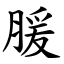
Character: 䐘